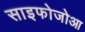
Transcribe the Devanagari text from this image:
साइफोजोआ